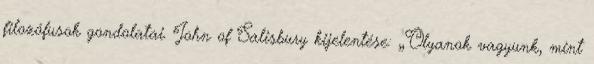
filozófusok gondolatai. John of Salisbury kijelentése: „Olyanok vagyunk, mint